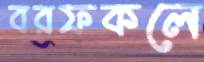
বরফকলে